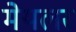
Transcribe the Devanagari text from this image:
मेयलर